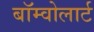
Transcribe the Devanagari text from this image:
बॉम्वोलार्ट